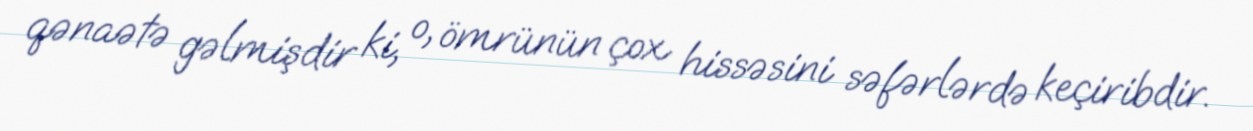
qənaətə gəlmişdir ki, o, ömrünün çox hissəsini səfərlərdə keçiribdir.